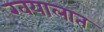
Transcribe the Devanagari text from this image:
खयालात